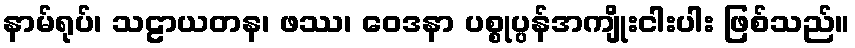
နာမ်ရုပ်၊ သဠာယတန၊ ဖဿ၊ ဝေဒနာ ပစ္စုပ္ပန်အကျိုးငါးပါး ဖြစ်သည်။